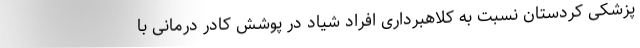
پزشکی کردستان نسبت به کلاهبرداری افراد شیاد در پوشش کادر درمانی با